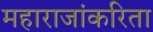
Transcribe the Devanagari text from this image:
महाराजांकरिता